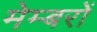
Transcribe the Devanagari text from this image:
मेम्बरों